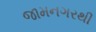
જામનગરથી